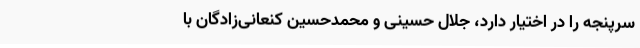
سرپنجه را در اختیار دارد، جلال حسینی و محمدحسین کنعانی‌زادگان با